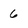
Character: 6